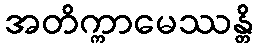
အတိက္ကာမေဿန္တိ